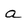
Character: a